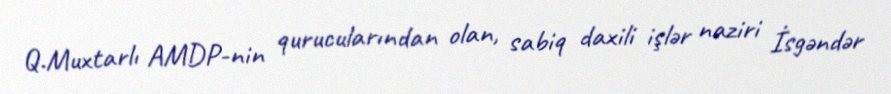
Q.Muxtarlı AMDP-nin qurucularından olan, sabiq daxili işlər naziri İsgəndər